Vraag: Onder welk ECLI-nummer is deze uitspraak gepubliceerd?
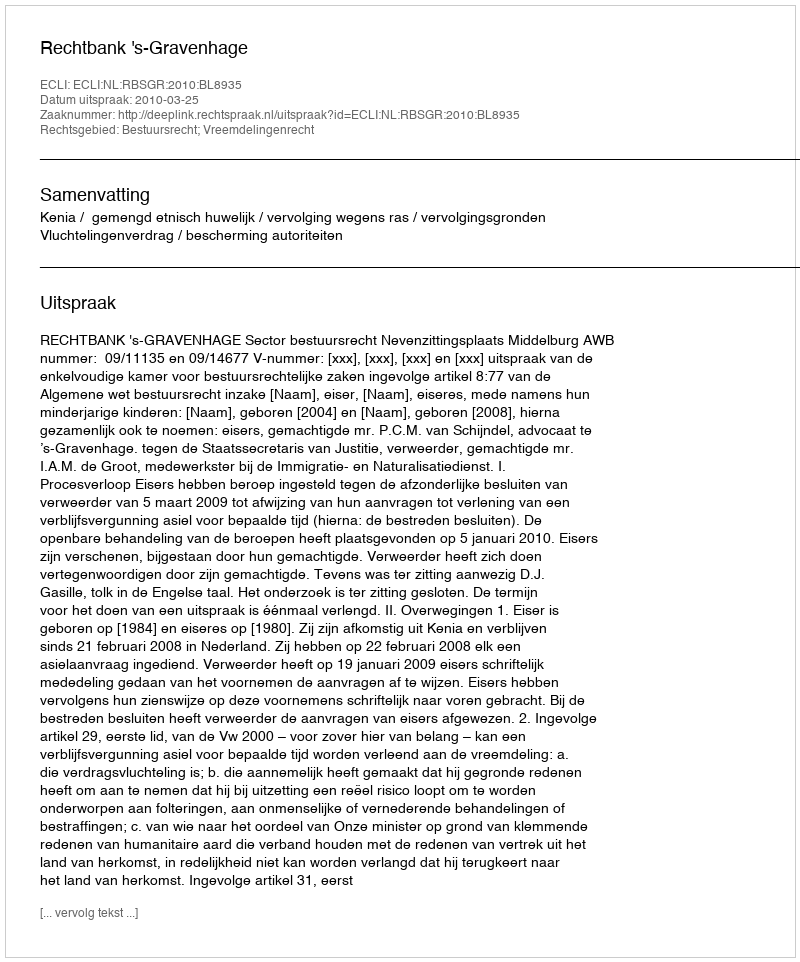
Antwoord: ECLI:NL:RBSGR:2010:BL8935